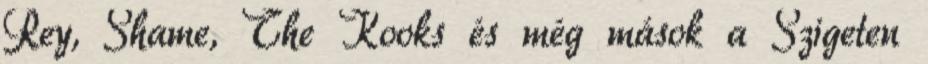
Rey, Shame, The Kooks és még mások a Szigeten